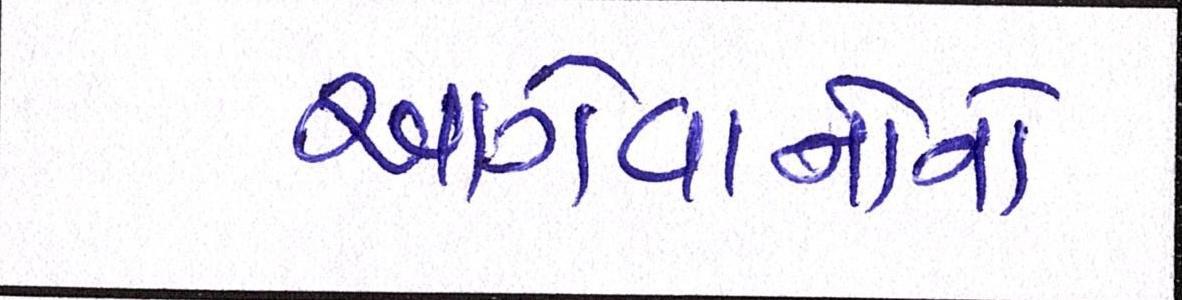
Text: આગેવાનોનો